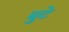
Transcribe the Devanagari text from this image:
बुटे